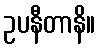
ဥပနီတာနိ။